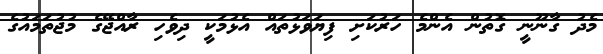
މެދު ގާނޫނީ ގޮތުން އެންމެ ހަރުކަށި ފިޔަވަޅުތައް އެޅުމަކީ ދިވެހި ރާއްޖޭގެ މުޖުތަމައުގެ